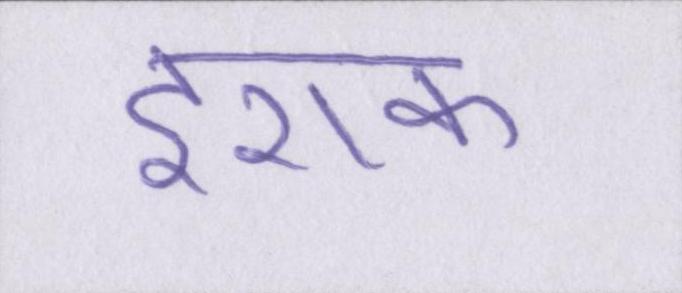
इराक